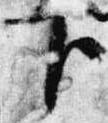
下